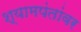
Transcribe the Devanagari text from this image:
श्यामपंतांवर